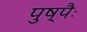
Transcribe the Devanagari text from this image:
पुष्पैः